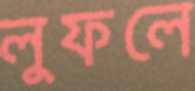
লুফলে